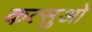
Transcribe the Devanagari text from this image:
कत्सुओ